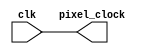
/*
 * Copyright 2018 Jacob Lifshay
 *
 * Permission is hereby granted, free of charge, to any person obtaining a copy
 * of this software and associated documentation files (the "Software"), to deal
 * in the Software without restriction, including without limitation the rights
 * to use, copy, modify, merge, publish, distribute, sublicense, and/or sell
 * copies of the Software, and to permit persons to whom the Software is
 * furnished to do so, subject to the following conditions:
 *
 * The above copyright notice and this permission notice shall be included in all
 * copies or substantial portions of the Software.
 *
 * THE SOFTWARE IS PROVIDED "AS IS", WITHOUT WARRANTY OF ANY KIND, EXPRESS OR
 * IMPLIED, INCLUDING BUT NOT LIMITED TO THE WARRANTIES OF MERCHANTABILITY,
 * FITNESS FOR A PARTICULAR PURPOSE AND NONINFRINGEMENT. IN NO EVENT SHALL THE
 * AUTHORS OR COPYRIGHT HOLDERS BE LIABLE FOR ANY CLAIM, DAMAGES OR OTHER
 * LIABILITY, WHETHER IN AN ACTION OF CONTRACT, TORT OR OTHERWISE, ARISING FROM,
 * OUT OF OR IN CONNECTION WITH THE SOFTWARE OR THE USE OR OTHER DEALINGS IN THE
 * SOFTWARE.
 *
 */
`timescale 1ns / 100ps

module vga_clock_generator(
    input clk,
    output pixel_clock
    );
	
    assign pixel_clock = clk;
endmodule